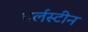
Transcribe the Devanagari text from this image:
पर्लस्टीन